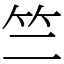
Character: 竺